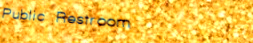
Public Restroom